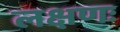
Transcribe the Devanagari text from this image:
लक्षणः